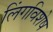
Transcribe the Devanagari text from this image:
लिंगविशेष